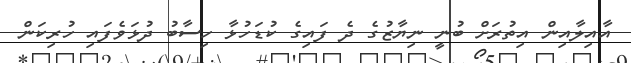
އާއިލާއިން އިތުރަށް ބުނީ ނިޔާޒުގެ ދެ ފައިގެ ކުޑަހުޅާ ހިސާބު ދުޅަވެފައި ހުރިކަން